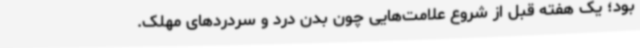
بود؛ یک هفته قبل از شروع علامت‌هایی چون بدن درد و سردردهای مهلک.